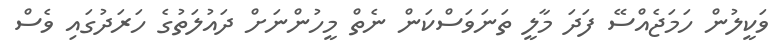
ވަކީލުން ހަމަޖެއްސޭ ފަދަ މާލީ ތަނަވަސްކަން ނެތް މީހުންނަށް ދައުލަތުގެ ހަރަދުގައި ވެސް